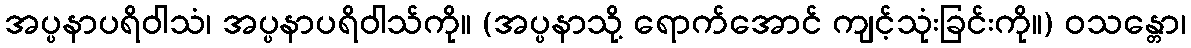
အပ္ပနာပရိဝါသံ၊ အပ္ပနာပရိဝါသ်ကို။ (အပ္ပနာသို့ ရောက်အောင် ကျင့်သုံးခြင်းကို။) ဝသန္တော၊